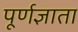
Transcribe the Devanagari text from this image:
पूर्णज्ञाता